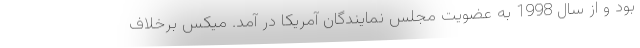
بود و از سال 1998 به عضویت مجلس نمایندگان آمریکا در آمد. میکس برخلاف